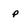
Character: p